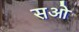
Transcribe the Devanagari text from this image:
सओ